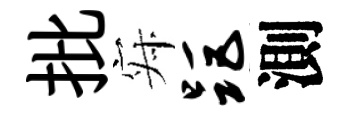
批寂距測